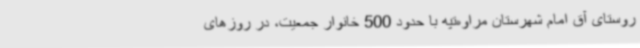
روستای آق امام شهرستان مراوه‌تپه با حدود 500 خانوار جمعیت، در روزهای